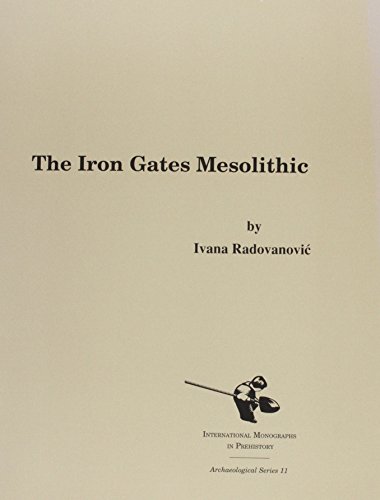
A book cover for The Iron Gates Mesolithic (Archaeological Series); Ivana Radovanovic; History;